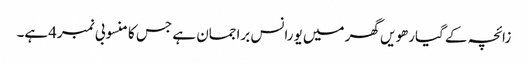
زائچہ کے گیارھویں گھر میں یورانس براجمان ہے جس کا منسوبی نمبر4ہے۔